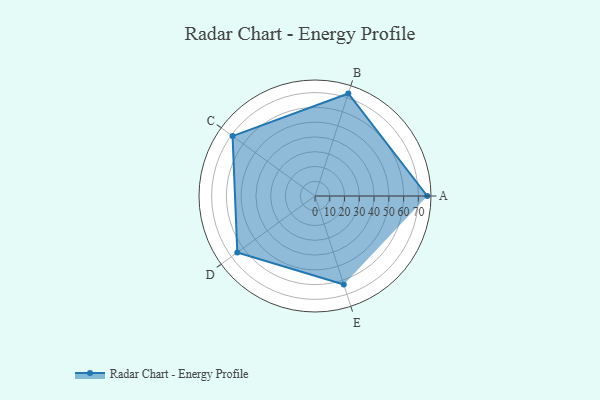
{"axis": {"x": "Skill", "y": "Score"}, "legend": ["Profile"], "data": [{"x": "A", "y": 76.0, "type": "Profile"}, {"x": "B", "y": 73.0, "type": "Profile"}, {"x": "C", "y": 69.0, "type": "Profile"}, {"x": "D", "y": 65.0, "type": "Profile"}, {"x": "E", "y": 63.0, "type": "Profile"}]}